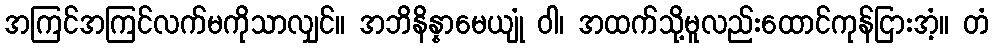
အကြင်အကြင်လက်မကိုသာလျှင်။ အဘိနိန္နာမေယျုံ ဝါ၊ အထက်သို့မူလည်းထောင်ကုန်ငြားအံ့။ တံ